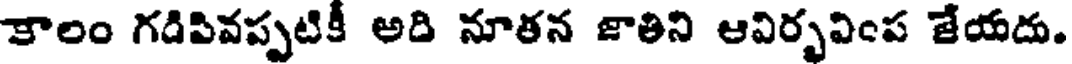
కాలం గడిపివప్పటికీ అది నూతన జాతిని ఆవిర్భవింప జేయదు.